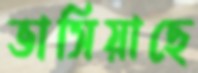
ভাসিয়াছে